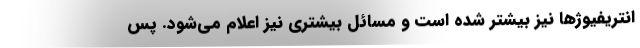
انتریفیوژها نیز بیشتر شده است و مسائل بیشتری نیز اعلام می‌شود. پس